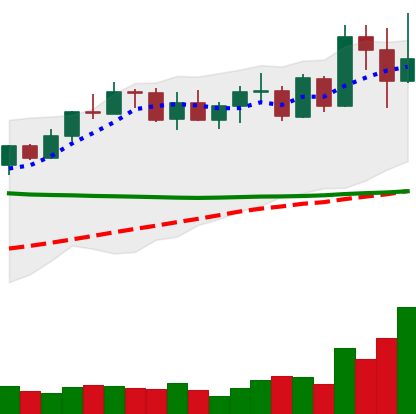
Ticker: XMR-USD
Chart end date: 2022-04-12
Forward return: 3.61%
Label: up_3_5